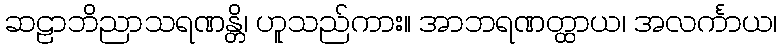
ဆဠာဘိညာသရဏန္တိ၊ ဟူသည်ကား။ အာဘရဏတ္ထာယ၊ အလင်္ကာယ၊